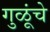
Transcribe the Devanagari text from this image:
गुळूंचे